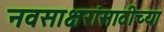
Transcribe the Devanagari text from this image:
नवसाक्षरांसाठीच्या